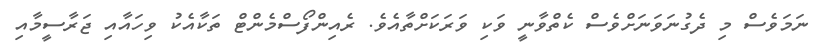
ނަމަވެސް މި ދެގުނަވަނަށްވެސް ކެތްވާނީ ވަކި ވަރަކަށްތާއެވެ. ރެއިންފޯސްމެންޓް ތަކާއެކު ވިހައާއި ޖަރާސީމާއި